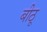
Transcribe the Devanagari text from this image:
बीठू